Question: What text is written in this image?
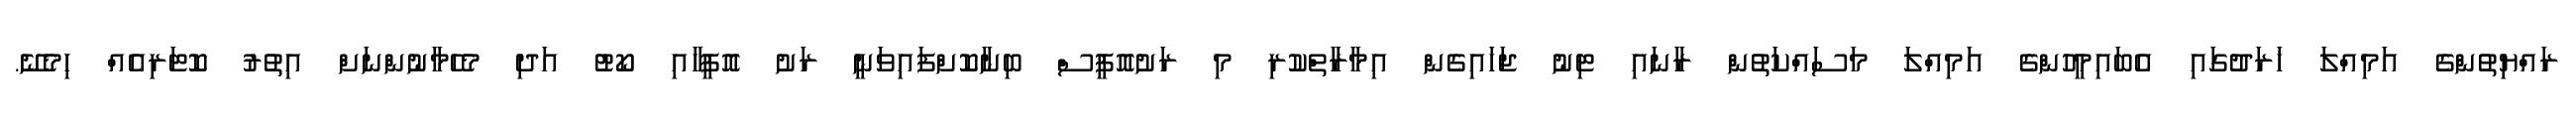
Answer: ރައްޔިތުންގެ އަމިއްލަ ޚަރަދުގައި އެބައިމީހުންގެ އަމިއްލަ މަސައްކަތުން ރާނައި ޓިނު ޖަހައިގެން އިމާރާތްކުރި މި ރަށުއޮފީސް ބިނާކޮށްފައިވަނީ ރަށު އޮފީހާއި ކޯޓު އަދި މެހެމާނުންނަށް އިތުރު ކޮޓަރިއެއް ހިމެނޭ.